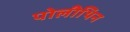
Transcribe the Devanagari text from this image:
पोलीथिन